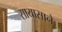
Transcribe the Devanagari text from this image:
सायासाने